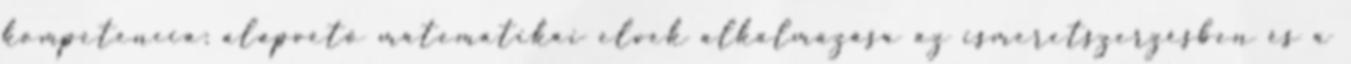
kompetencia: alapvető matematikai elvek alkalmazása az ismeretszerzésben és a